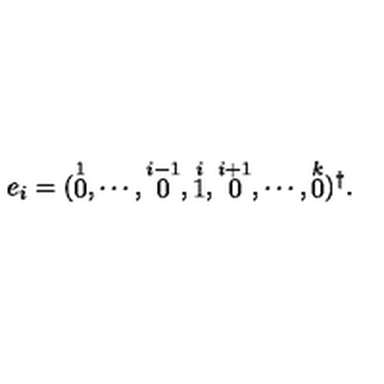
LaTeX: e _ { i } = ( \stackrel { 1 } { 0 } , \cdots , \stackrel { i - 1 } { 0 } , \stackrel { i } { 1 } , \stackrel { i + 1 } { 0 } , \cdots , \stackrel { k } { 0 } ) ^ { \dag } .